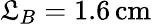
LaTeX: \mathfrak{L}_{B}=1.6\, \mathrm{{cm}}